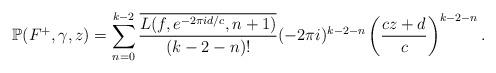
LaTeX: \begin{align*} \mathbb{P} ( F^+, \gamma, z) = \sum_{n=0}^{k-2} \frac{\overline{L(f, e^{-2 \pi i d /c}, n+1 )}}{(k-2-n)!} (-2 \pi i )^{k-2-n} \left(\frac{c z + d}{c}\right)^{k-2-n}. \end{align*}